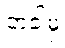
တခါမှ